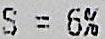
S = 6%